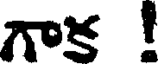
గాక !